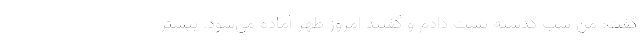
گفت:‌ من شب گذشته تست دادم و گفتند امروز ظهر آماده می‌شود. بیشتر